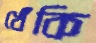
খেঁকি